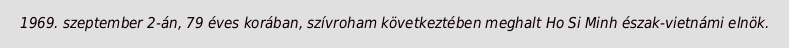
1969. szeptember 2-án, 79 éves korában, szívroham következtében meghalt Ho Si Minh észak-vietnámi elnök.